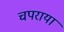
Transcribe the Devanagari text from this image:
चपराया